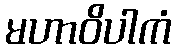
မဟာဝိပါကံ